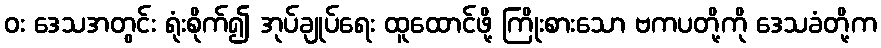
ဝး ဒေသအတွင်း ရုံးစိုက်၍ အုပ်ချုပ်ရေး ထူထောင်ဖို့ ကြိုးစားသော ဗကပတို့ကို ဒေသခံတို့က